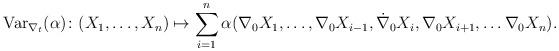
LaTeX: \begin{align*}\operatorname{Var}_{\nabla_t}(\alpha)\colon (X_1,\dots,X_n) \mapsto \sum_{i=1}^n \alpha(\nabla_0X_1,\dots,\nabla_0X_{i-1}, \dot{\nabla}_0X_i,\nabla_0X_{i+1},\dots \nabla_0X_n).\end{align*}